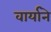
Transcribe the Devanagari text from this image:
वार्याने